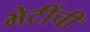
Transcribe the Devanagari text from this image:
भेटींची